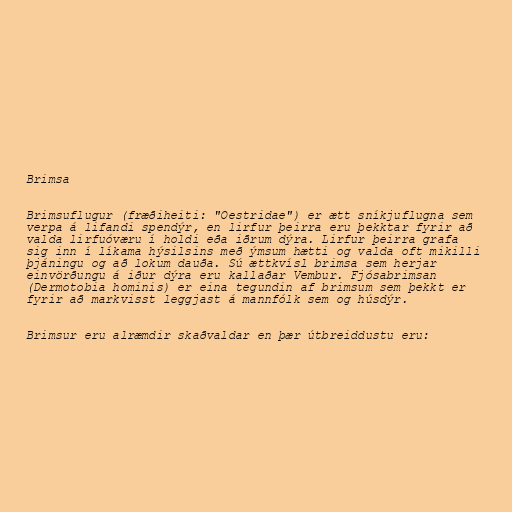
Brimsa

Brimsuflugur (fræðiheiti: "Oestridae") er ætt sníkjuflugna sem
verpa á lifandi spendýr, en lirfur þeirra eru þekktar fyrir að
valda lirfuóværu í holdi eða iðrum dýra. Lirfur þeirra grafa
sig inn í líkama hýsilsins með ýmsum hætti og valda oft mikilli
þjáningu og að lokum dauða. Sú ættkvísl brimsa sem herjar
einvörðungu á iður dýra eru kallaðar Vembur. Fjósabrimsan
(Dermotobia hominis) er eina tegundin af brimsum sem þekkt er
fyrir að markvisst leggjast á mannfólk sem og húsdýr.

Brimsur eru alræmdir skaðvaldar en þær útbreiddustu eru: